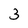
Character: 3